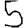
Digit: 5